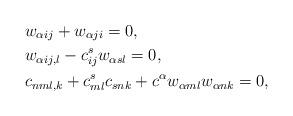
LaTeX: \begin{align*} &w_{\alpha ij}+w_{\alpha ji}=0, \\ &w_{\alpha ij, l}-c^s_{ij}w_{\alpha sl}=0, \\ &c_{nml,k}+c^s_{ml}c_{snk} + c^\alpha w_{\alpha ml}w_{\alpha nk}=0, \end{align*}